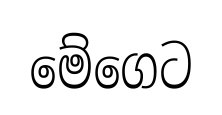
මේගෙට